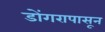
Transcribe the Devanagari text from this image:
डोंगरापासून